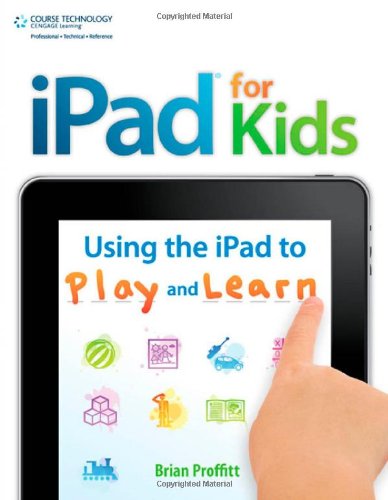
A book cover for iPad for Kids: Using the iPad to Play and Learn; Brian Proffitt; Computers & Technology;